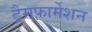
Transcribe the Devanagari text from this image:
ट्रैसफ़ार्मेशन